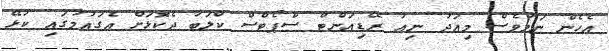
އެހެން ނަމަވެސް މިއަދު ނިއު ރޭޑިއަންޓް ސްޕޯޓްސް ކްލަބާ ދެކޮޅަށް އެގައުމުގައި ކުޅޭ